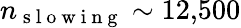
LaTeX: n_{\mathrm{~s~l~o~w~i~n~g~}}\sim 12{,}500